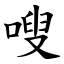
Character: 嗖